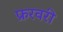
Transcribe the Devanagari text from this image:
फ्ररवरी